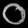
Digit: ၀